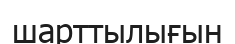
шарттылығын